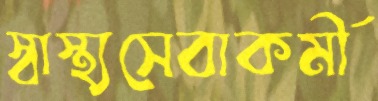
স্বাস্থ্যসেবাকর্মী